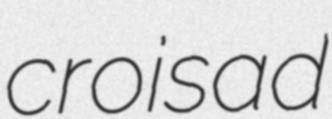
croisad